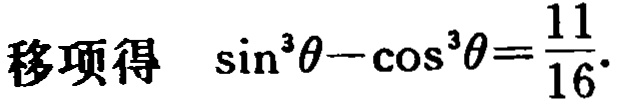
移项得 $\sin^{3}\theta-\cos^{3}\theta=\frac{11}{16}.$